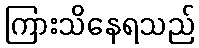
ကြားသိနေရသည်